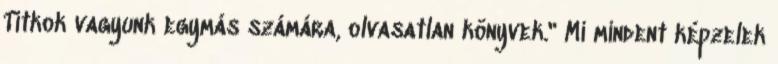
Titkok vagyunk egymás számára, olvasatlan könyvek." Mi mindent képzelek